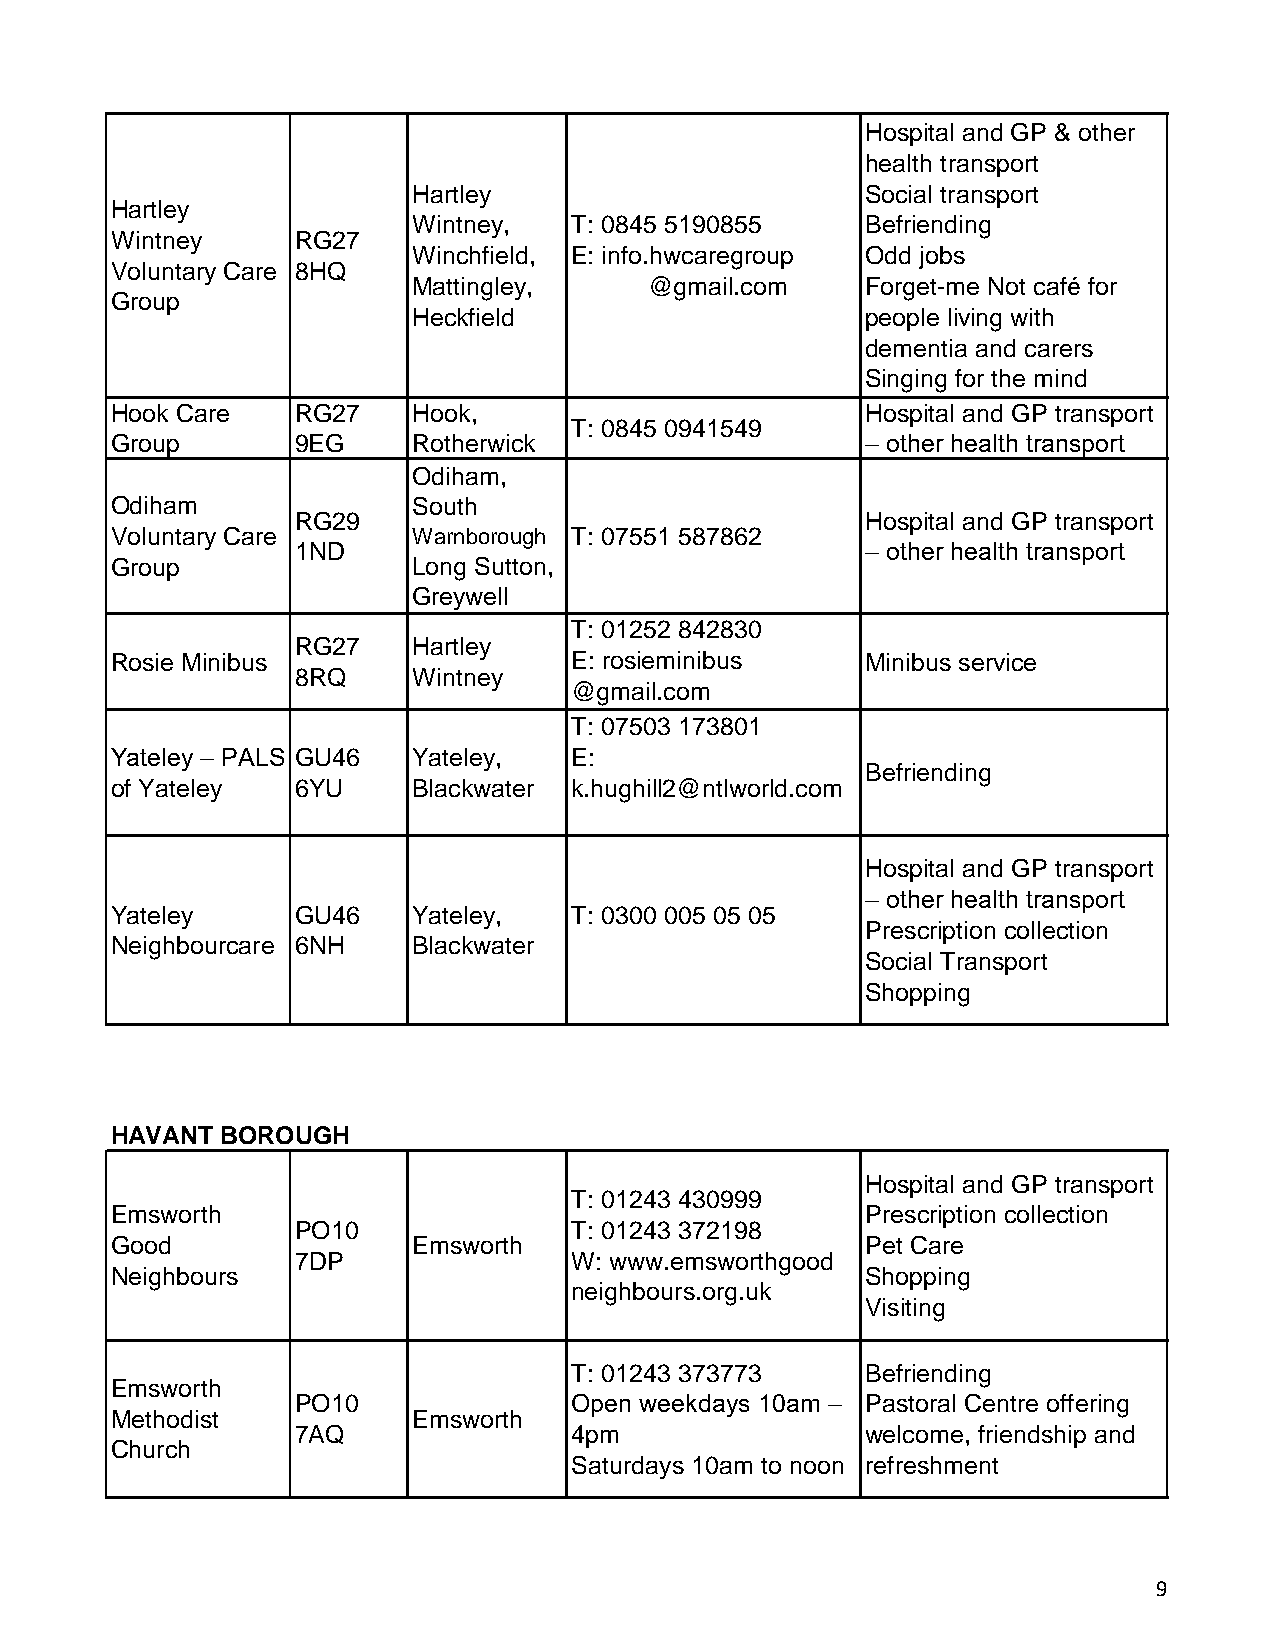
Hospital and GP & other
 health transport
 Hartley                       Social transport
 Hartley
 Wintney,   T: 0845 5190855    Befriending
 Wintney      RG27
 Winchfield, E: info.hwcaregroup Odd jobs
 Voluntary Care 8HQ
 Mattingley,     @gmail.com    Forget-me Not café for
 Group
 Heckfield                     people living with
 dementia and carers
 Singing for the mind
 Hook Care    RG27   Hook,                         Hospital and GP transport
 T: 0845 0941549
 Group        9EG    Rotherwick                    – other health transport
 Odiham,
 Odiham              South
 RG29                                 Hospital and GP transport
 Voluntary Care      Warnborough T: 07551 587862
 1ND                                  – other health transport
 Group               Long Sutton,
 Greywell
 T: 01252 842830
 RG27   Hartley
 Rosie Minibus                  E: rosieminibus    Minibus service
 8RQ    Wintney
 @gmail.com
 T: 07503 173801
 Yateley – PALS GU46 Yateley,   E:
 Befriending
 of Yateley   6YU    Blackwater k.hughill2@ntlworld.com
 Hospital and GP transport
 – other health transport
 Yateley      GU46   Yateley,   T: 0300 005 05 05
 Prescription collection
 Neighbourcare 6NH   Blackwater
 Social Transport
 Shopping
 HAVANT  BOROUGH
 Hospital and GP transport
 T: 01243 430999
 Emsworth                                          Prescription collection
 PO10              T: 01243 372198
 Good                Emsworth                      Pet Care
 7DP               W: www.emsworthgood
 Neighbours                                        Shopping
 neighbours.org.uk
 Visiting
 T: 01243 373773    Befriending
 Emsworth
 PO10              Open weekdays 10am – Pastoral Centre offering
 Methodist           Emsworth
 7AQ               4pm                welcome, friendship and
 Church
 Saturdays 10am to noon refreshment
 9